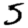
Digit: 5